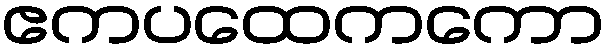
ဧကပထေကကော